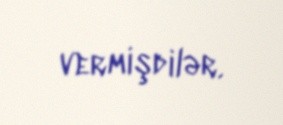
vermişdilər.